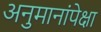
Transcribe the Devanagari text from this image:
अनुमानांपेक्षा